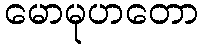
မောမုဟတော